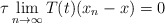
\begin{align*} \tau\lim_{n\to\infty} T(t)(x_n-x) = 0 \end{align*}